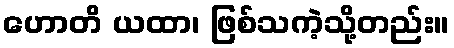
ဟောတိ ယထာ၊ ဖြစ်သကဲ့သို့တည်း။